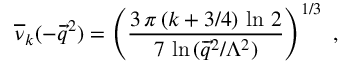
\overline { { { \nu } } } _ { k } ( - \overrightarrow { q } ^ { 2 } ) = \left( \frac { 3 \, \pi \, ( k + 3 / 4 ) \, \ln \, 2 } { 7 \, \ln \, ( \overrightarrow { q } ^ { 2 } / \Lambda ^ { 2 } ) } \right) ^ { 1 / 3 } \, \, ,